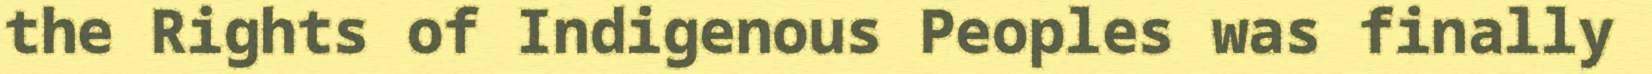
the Rights of Indigenous Peoples was finally